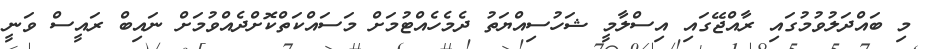
މި ބައްދަލުވުމުގައި ރާއްޖޭގައި އިސްލާމީ ޝަހުސިއްޔަތު ދެމެހެއްޓުމަށް މަސައްކަތްކޮށްދެއްވުމަށް ނައިބް ރައީސް ވަނީ